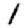
Digit: 1